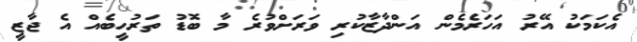
އެކަމަކު އޭރު އަހަރެމެން އަންދާޒާކުރި ވަރަށްވުރެ މާ ބޮޑު ތަރުހީބެއް އެ ޖާޒީ